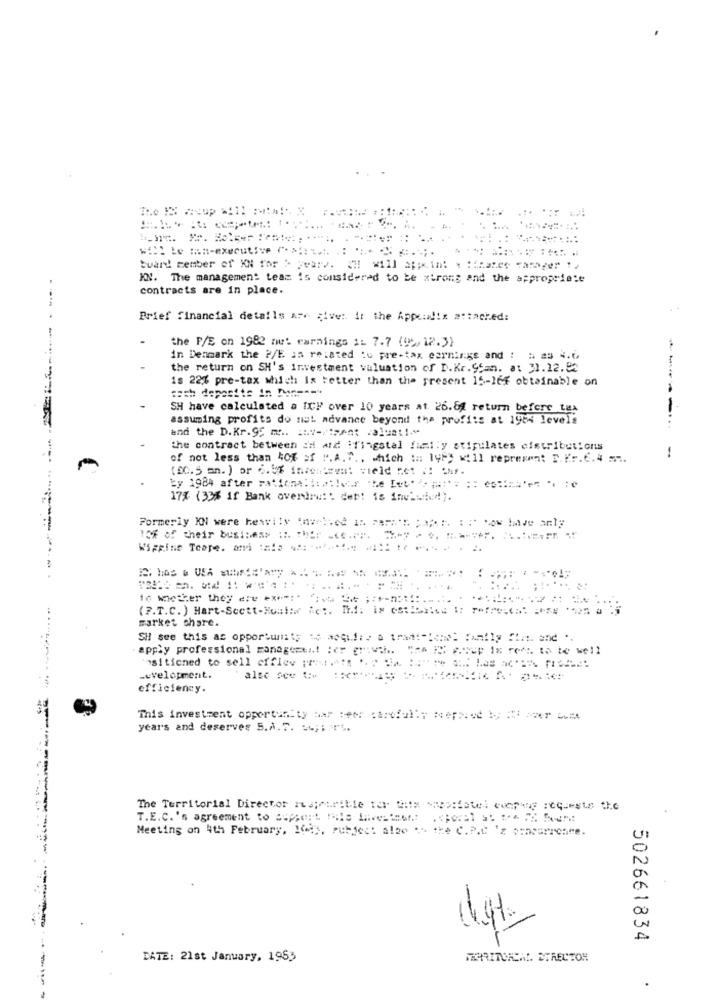
buard! member of XN for > years. ## will appe.int . : ihate amager !/
KN. The management team is considered to be strong and the appropriate
contracts are in place.
Brief financial details are give: ir the Appendix attached:
the P/E on 1982 nu' rarnings 1: 7.7 (95,12.3)
In Denmark the P/E as related to pre-tax earnings and : 5 23 4.6
the return on SH's Investment valuation of D.Kr.9fmn. a: 31.12.82
is 22% pre-tax which Is better than the present 15-16f obtainable on
sach deposits in Mn === "
SH have calculated a ICH over 10 years at. 26.84 return before tax
assuming profits do mat. advance beyond the profits at 1984 levels
-- - ------
and the D.Kr.95 m. inv-/trent 1a1211-⑈
...
the contract between in and ifingstal family stipulates distributions
of not less than 4Of of ".A.T ., which :: 19Py will represent D.Fr.C.4 =...
(80.5 an. ) or 5.5% incentrem: Field Ret (! CAF.
... ...
17% (33% if Bank overirw: ' det! is invbwid!).
Formerly KON were heavily "nur !. ed In ==== '* ;***:. : : wow !ve al;
10% of their business ::. Thfr .......
WipFine Teape. ami ===: .:******.. ..
. ....
16 wether they ere ****:* *:.= == == +-23:1
market share.
SH see this as opportunity :$ wqui: - a tradi -! a. Family ::::. and *.
apply professional management :er growth .. "he IS y.Sep 1x ref. to be well
"ositicned to sell ciflev www.s .p = === == = = 6
-evelopment.
also see Cv
efficiency.
This investment opportunity bar :et: : arefullt Nepsved b; 2 =ver -
years and deserves S.A.7. 56; ; rt.
The Territorial Director majeurible tar White waposfatel company requests the
T.E.C.'s agreement to Supert Mails Havesieet .: . jeral 3: te RE fren:
Meeting on 4th February, 100%, subjec: also .- the C. P.C 'z concurrence.
502661834
DATE: 21st January, 1963
MAARITURCHI. DIRECTOR
.